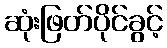
ဆုံးဖြတ်ပိုင်ခွင့်